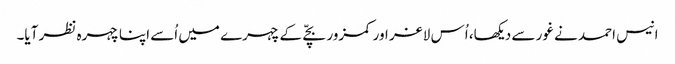
انیس احمد نے غور سے دیکھا، اُس لاغر اور کمزور بچّے کے چہرے میں اُسے اپنا چہرہ نظر آیا۔